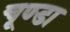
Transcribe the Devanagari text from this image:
चूण्डा